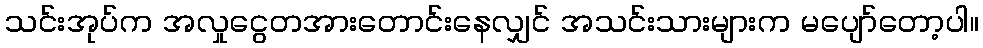
သင်းအုပ်က အလှုငွေတအားတောင်းနေလျှင် အသင်းသားများက မပျော်တော့ပါ။